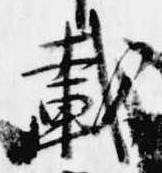
載